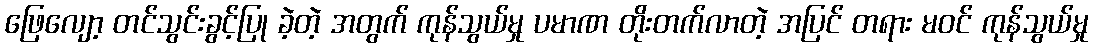
ဖြေလျော့ တင်သွင်းခွင့်ပြု ခဲ့တဲ့ အတွက် ကုန်သွယ်မှု ပမာဏ တိုးတက်လာတဲ့ အပြင် တရား မဝင် ကုန်သွယ်မှု